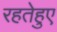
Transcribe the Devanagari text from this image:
रहतेहुए